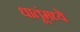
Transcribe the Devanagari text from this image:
धातूंमध्ये